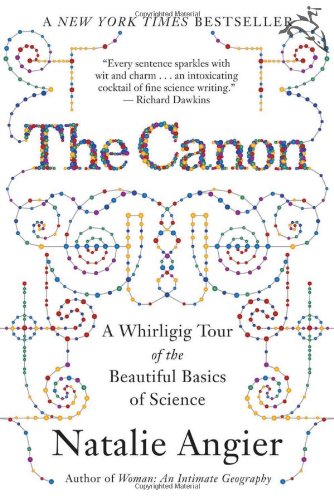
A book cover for The Canon: A Whirligig Tour of the Beautiful Basics of Science; Natalie Angier; Science & Math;